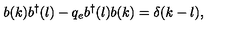
b ( k ) b ^ { \dagger } ( l ) - q _ { e } b ^ { \dagger } ( l ) b ( k ) = \delta ( k - l ) ,